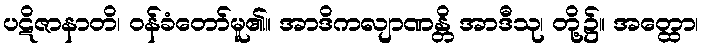
ပဋိဇာနာတိ၊ ဝန်ခံတော်မူ၏။ အာဒိကလျာဏန္တိ အာဒီသု၊ တို့၌။ အတ္ထော၊